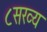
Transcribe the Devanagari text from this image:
८सख्य